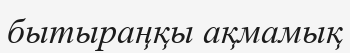
бытыраңқы ақмамық